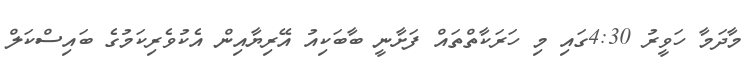
މާދަމާ ހަވީރު 4:30ގައި މި ހަރަކާތްތައް ފަށާނީ ބާބަކިއު އޭރިޔާއިން އެކުވެރިކަމުގެ ބައިސްކަލް